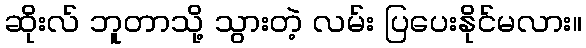
ဆိုးလ် ဘူတာသို့ သွားတဲ့ လမ်း ပြပေးနိုင်မလား။